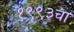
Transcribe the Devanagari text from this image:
१९९३चा